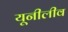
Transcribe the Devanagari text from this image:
यूनीलीव